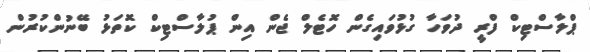
ޕްލާސްޓިކް ފްރީ ދުވަހާ ގުޅުވައިގެން ހޮޓެލް ޖެން އިން ޕުލާސްޓިކް ކޮތަޅު ބޭނުންކުރުން